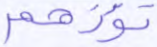
تؤزهم